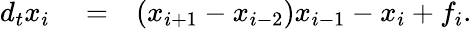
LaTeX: \begin{array}{rlr}{d_{t}x_{i}}&{{}=}&{(x_{i+1}-x_{i-2})x_{i-1}-x_{i}+f_{i}.}\end{array}